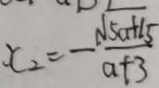
x _ { 2 } = - \frac { \sqrt { 5 a + 1 5 } } { a + 3 }